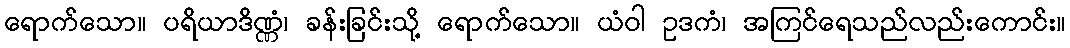
ရောက်သော။ ပရိယာဒိဏ္ဏံ၊ ခန်းခြင်းသို့ ရောက်သော။ ယံဝါ ဥဒကံ၊ အကြင်ရေသည်လည်းကောင်း။